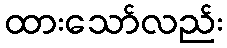
ထားသော်လည်း